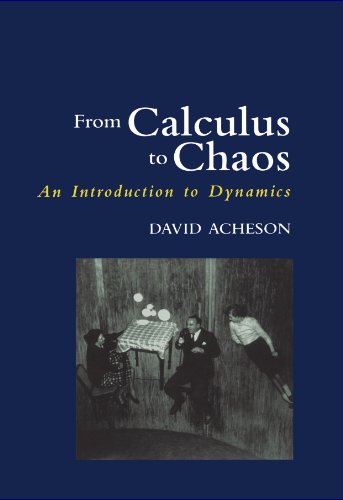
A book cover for From Calculus to Chaos: An Introduction to Dynamics; David Acheson; Science & Math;